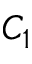
C _ { 1 }